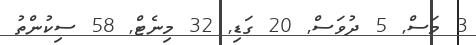
3 މަސް